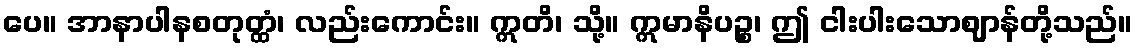
ပေ။ အာနာပါနစတုတ္ထံ၊ လည်းကောင်း။ ဣတိ၊ သို့။ ဣမာနိပဉ္စ၊ ဤ ငါးပါးသောဈာန်တို့သည်။